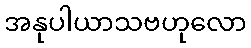
အနုပါယာသဗဟုလော